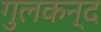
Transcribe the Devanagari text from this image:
गुलकन्द